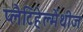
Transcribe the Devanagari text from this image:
प्लैटिहेल्मेंथीज